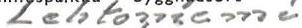
Lehtoniemi